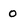
Character: 0